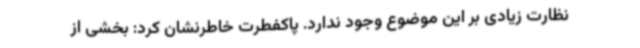
نظارت زیادی بر این موضوع وجود ندارد. پاکفطرت خاطرنشان کرد: بخشی از